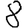
Digit: 8